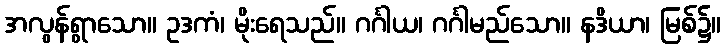
အလွန်ရွာသော။ ဥဒကံ၊ မိုးရေသည်။ ဂင်္ဂါယ၊ ဂင်္ဂါမည်သော။ နဒိယာ၊ မြစ်၌။